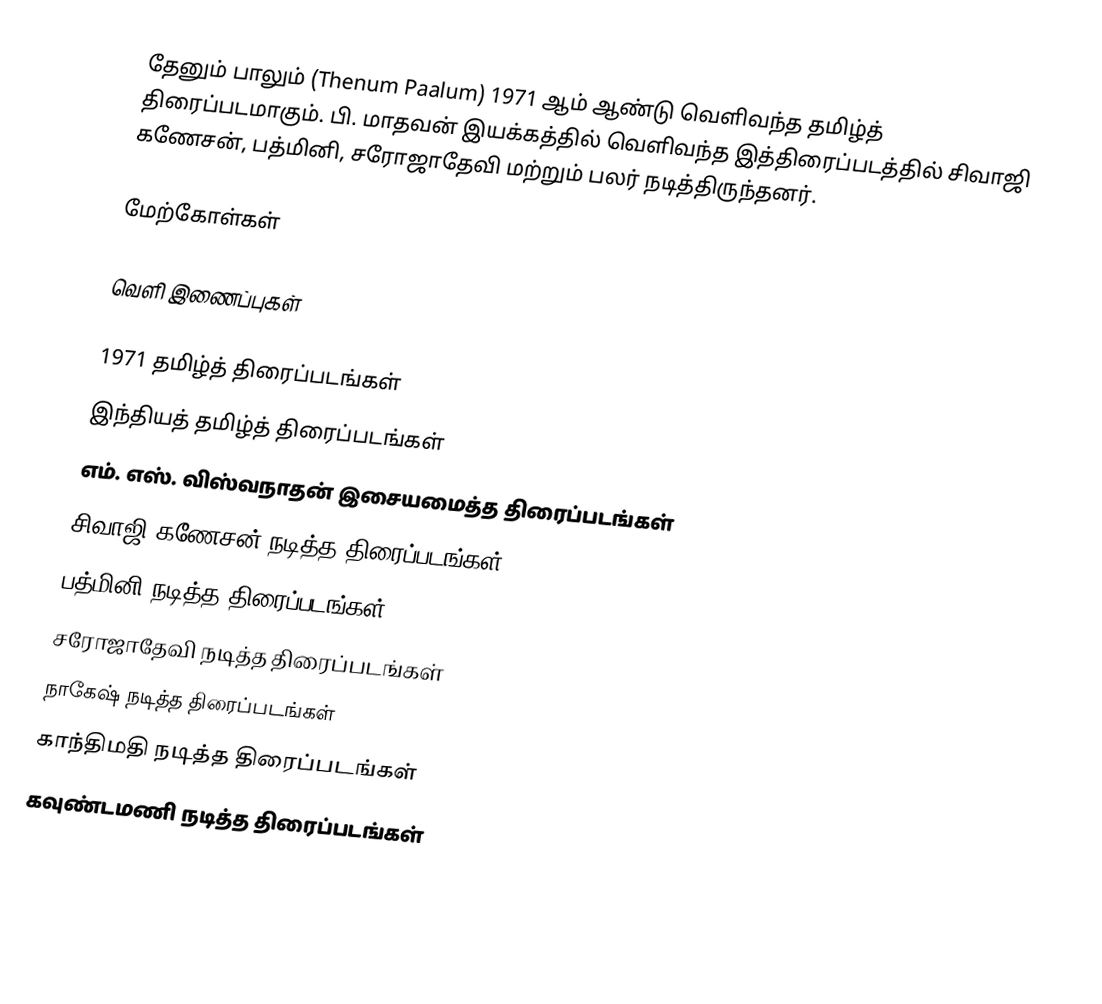
தேனும் பாலும் (Thenum Paalum) 1971 ஆம் ஆண்டு வெளிவந்த தமிழ்த் திரைப்படமாகும். பி. மாதவன் இயக்கத்தில் வெளிவந்த இத்திரைப்படத்தில் சிவாஜி கணேசன், பத்மினி, சரோஜாதேவி மற்றும் பலர் நடித்திருந்தனர்.

மேற்கோள்கள்

வெளி இணைப்புகள்

1971 தமிழ்த் திரைப்படங்கள்
இந்தியத் தமிழ்த் திரைப்படங்கள்
எம். எஸ். விஸ்வநாதன் இசையமைத்த திரைப்படங்கள்
சிவாஜி கணேசன் நடித்த திரைப்படங்கள்
பத்மினி நடித்த திரைப்படங்கள்
சரோஜாதேவி நடித்த திரைப்படங்கள்
நாகேஷ் நடித்த திரைப்படங்கள்
காந்திமதி நடித்த திரைப்படங்கள்
கவுண்டமணி நடித்த திரைப்படங்கள்